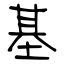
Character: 基